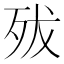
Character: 𣧧